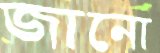
জানো